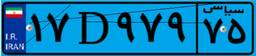
۳۰D۰۱۴۷۰